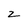
Character: z